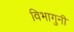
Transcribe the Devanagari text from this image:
विभागुनी